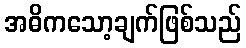
အဓိကသော့ချက်ဖြစ်သည်